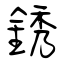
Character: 銹